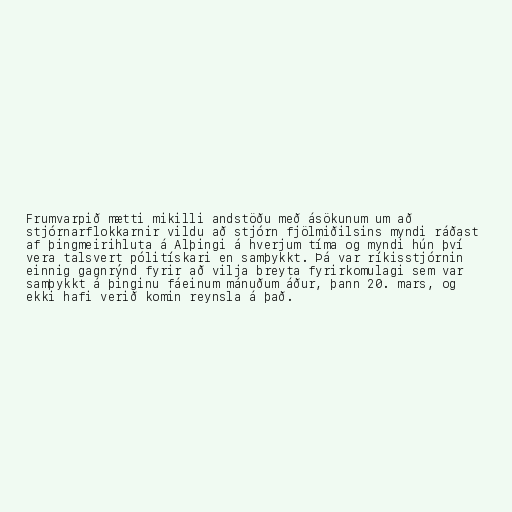
Frumvarpið mætti mikilli andstöðu með ásökunum um að
stjórnarflokkarnir vildu að stjórn fjölmiðilsins myndi ráðast
af þingmeirihluta á Alþingi á hverjum tíma og myndi hún því
vera talsvert pólitískari en samþykkt. Þá var ríkisstjórnin
einnig gagnrýnd fyrir að vilja breyta fyrirkomulagi sem var
samþykkt á þinginu fáeinum mánuðum áður, þann 20. mars, og
ekki hafi verið komin reynsla á það.